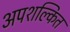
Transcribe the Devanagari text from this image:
अपशल्कित